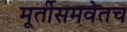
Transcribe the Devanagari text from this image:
मूर्तीसमवेतच